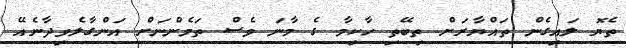
ތެޔޮ ލައިގެން ތައްޔާރަށް ތިބޭތި ހާކިމާ ގެ މާނަ ވެސް ތަމެންނަށް އަންގާލެވިދާނެއޭ